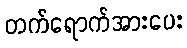
တက်ရောက်အားပေး